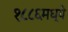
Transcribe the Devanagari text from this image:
१८८६मध्ये